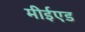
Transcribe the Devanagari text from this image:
मीईएड